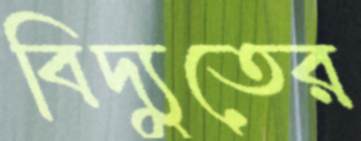
বিদ্যুতের